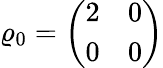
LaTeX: {\varrho_{0}=\left(\begin{array}{ll}{2}&{0}\\ {0}&{0}\end{array}\right)}